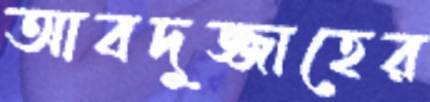
আবদুজ্জাহের